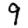
Digit: 9